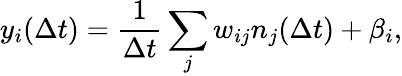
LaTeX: y_{i}(\Delta t)=\frac{1}{\Delta t}\sum_{j}w_{ij}n_{j}(\Delta t)+\beta_{i},